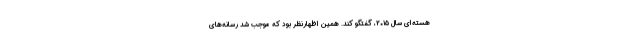
هسته‌ای سال ۲۰۱۵، گفتگو کند. همین اظهارنظر بود که موجب شد رسانه‌های